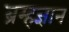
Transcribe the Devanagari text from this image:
ब्रम्हज्ञान